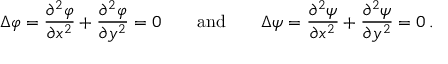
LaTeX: \Delta \varphi = { \frac { \partial ^ { 2 } \varphi } { \partial x ^ { 2 } } } + { \frac { \partial ^ { 2 } \varphi } { \partial y ^ { 2 } } } = 0 \qquad { \mathrm { a n d } } \qquad \Delta \psi = { \frac { \partial ^ { 2 } \psi } { \partial x ^ { 2 } } } + { \frac { \partial ^ { 2 } \psi } { \partial y ^ { 2 } } } = 0 \, .